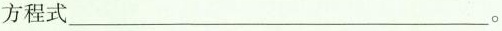
方程式___。